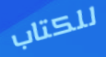
للكتاب